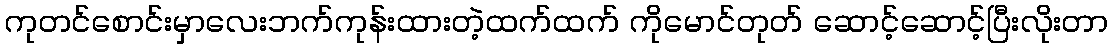
ကုတင်စောင်းမှာလေးဘက်ကုန်းထားတဲ့ထက်ထက် ကိုမောင်တုတ် ဆောင့်ဆောင့်ပြီးလိုးတာ